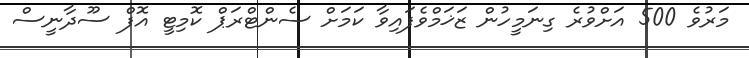
މަރުވެ 500 އަށްވުރެ ގިނަމީހުން ޒަޚަމްވެފައިވާ ކަމަށް ސެންޓްރަޕް ކޮމިޓީ އޮފް ސޫދާނީސް